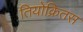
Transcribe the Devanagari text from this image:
तियोक्रितस